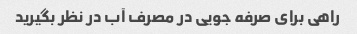
راهی برای صرفه جویی در مصرف آب در نظر بگیرید